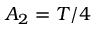
A _ { 2 } = T / 4